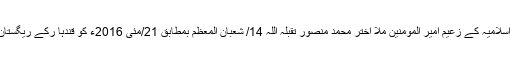
اب سے کچھ دیر قبل جاری ہونے والے اعلامیے میں طالبان کی جانب سے کہاگیا ہے کہ “امارت اسلامیہ کے زعیم امیر المومنین ملا اختر محمد منصور تقبلہ اللہ 14/ شعبان المعظم بمطابق 21/مئی 2016ء کو قندہا رکے ریگستان اور بلوچستان کے نوشکی کے سرحدی علاقے میں امریکی طاغوتی ڈرون حملے میں شہید ہوئے۔